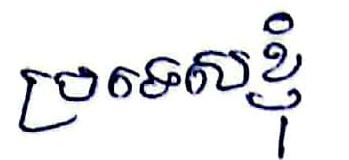
ប្រទេសខ្ញុំ